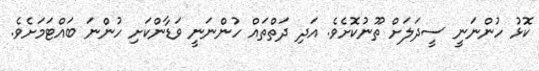
ކޮޅު ހުންނަނީ ސީދަލަށް ތޫނުކޮށެވެ. އަދި ދަތްތައް ހުންނަނީ ވަޑާންކަށި ހުންނަ ބައްޓަމަށެވެ.